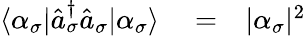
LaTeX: \begin{array}{rlr}{\langle\alpha_{\sigma}|\hat{a}_{\sigma}^{\dagger}\hat{a}_{\sigma}|\alpha_{\sigma}\rangle}&{{}=}&{|\alpha_{\sigma}|^{2}}\end{array}